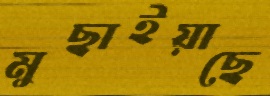
মুছাইয়াছে